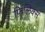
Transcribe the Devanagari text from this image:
फ़िलिक्स